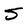
Character: S